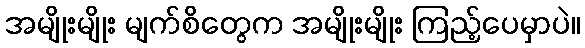
အမျိုးမျိုး မျက်စိတွေက အမျိုးမျိုး ကြည့်ပေမှာပဲ။